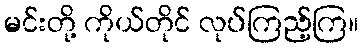
မင်းတို့ ကိုယ်တိုင် လုပ်ကြည့်ကြ။